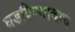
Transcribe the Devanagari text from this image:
घडविण्याचाच